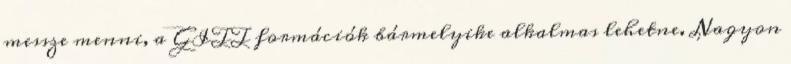
messze menni, a GITT formációk bármelyike alkalmas lehetne. Nagyon